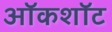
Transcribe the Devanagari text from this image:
ऑकशॉट